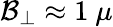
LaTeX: \mathcal{B}_{\perp}\approx 1~\mu